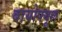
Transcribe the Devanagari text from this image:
बायोफ्यूल